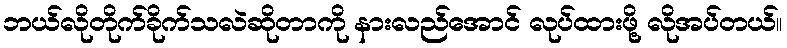
ဘယ်လိုတိုက်ခိုက်သလဲဆိုတာကို နားလည်အောင် လုပ်ထားဖို့ လိုအပ်တယ်။